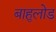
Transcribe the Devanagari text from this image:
बाहुलोड